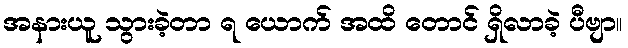
အနားယူ သွားခဲ့တာ ရ ယောက် အထိ တောင် ရှိလာခဲ့ ပီဗျာ။